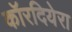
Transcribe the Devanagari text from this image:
कॉरदियेरा